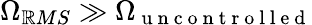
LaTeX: \Omega_{\mathbb{R}MS}\gg\Omega_{\mathrm{{~u~n~c~o~n~t~r~o~l~l~e~d~}}}